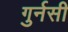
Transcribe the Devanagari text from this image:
गुर्नसी